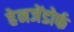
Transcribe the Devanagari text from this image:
हेनजेंडोर्फ